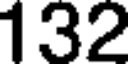
132